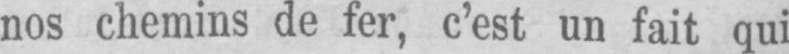
nos chemins de fer, c’est un fait qui